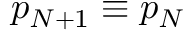
p _ { N + 1 } \equiv p _ { N }